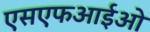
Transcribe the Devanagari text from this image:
एसएफआईओ